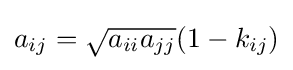
a_{ij}={\sqrt {a_{ii}a_{jj}}}(1-k_{ij})